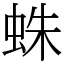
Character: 蛛